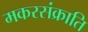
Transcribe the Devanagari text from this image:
मकरसंक्राति